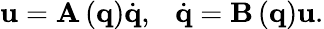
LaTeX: \mathbf{u}=\mathbf{A}\left(\mathbf{q}\right)\dot{\mathbf{q}},\ \ \ \dot{\mathbf{q}}=\mathbf{B\left(\mathbf{q}\right)u}.